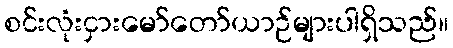
စင်းလုံးငှားမော်တော်ယာဉ်များပါရှိသည်။